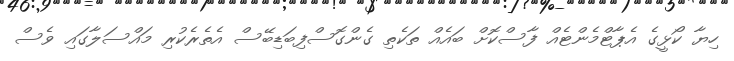
ހިޔާ ކޯޅީގެ އެޕާޓްމެންޓެއް ފާސްކޮށް ބައެއް ތަކެތި ގެންގޮސްފިބަޑިބޭސް އެތެރެކުރި މައްސަލާގައި ވެސް